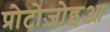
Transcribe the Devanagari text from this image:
प्रोटोज़ोइआ